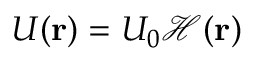
U ( \mathbf { r } ) = U _ { 0 } \mathcal { H } ( \mathbf { r } )